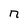
Character: n